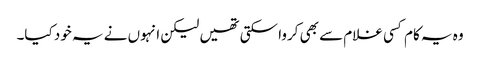
وہ یہ کام کسی غلام سے بھی کروا سکتی تھیں لیکن انہوں نے یہ خود کیا۔